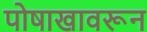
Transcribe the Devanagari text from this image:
पोषाखावरून